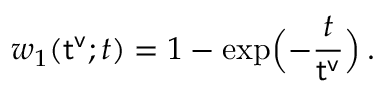
w _ { 1 } ( { \sf t ^ { v } } ; t ) = 1 - \exp \Bigl ( - \frac { t } { { \sf t ^ { v } } } \Bigr ) \, .